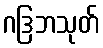
ဂဒြဘသုတ်